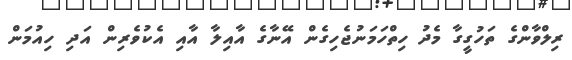
ރިލްވާންގެ ތަހުގީގާ މެދު ހިތްހަމަނުޖެހިގެން އޭނާގެ އާއިލާ އާއި އެކުވެރިން އަދި ހިއުމަން